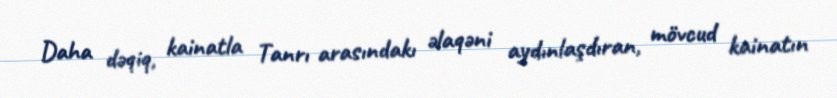
Daha dəqiq, kainatla Tanrı arasındakı əlaqəni aydınlaşdıran, mövcud kainatın